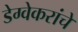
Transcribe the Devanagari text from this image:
डेग्वेकरांचे